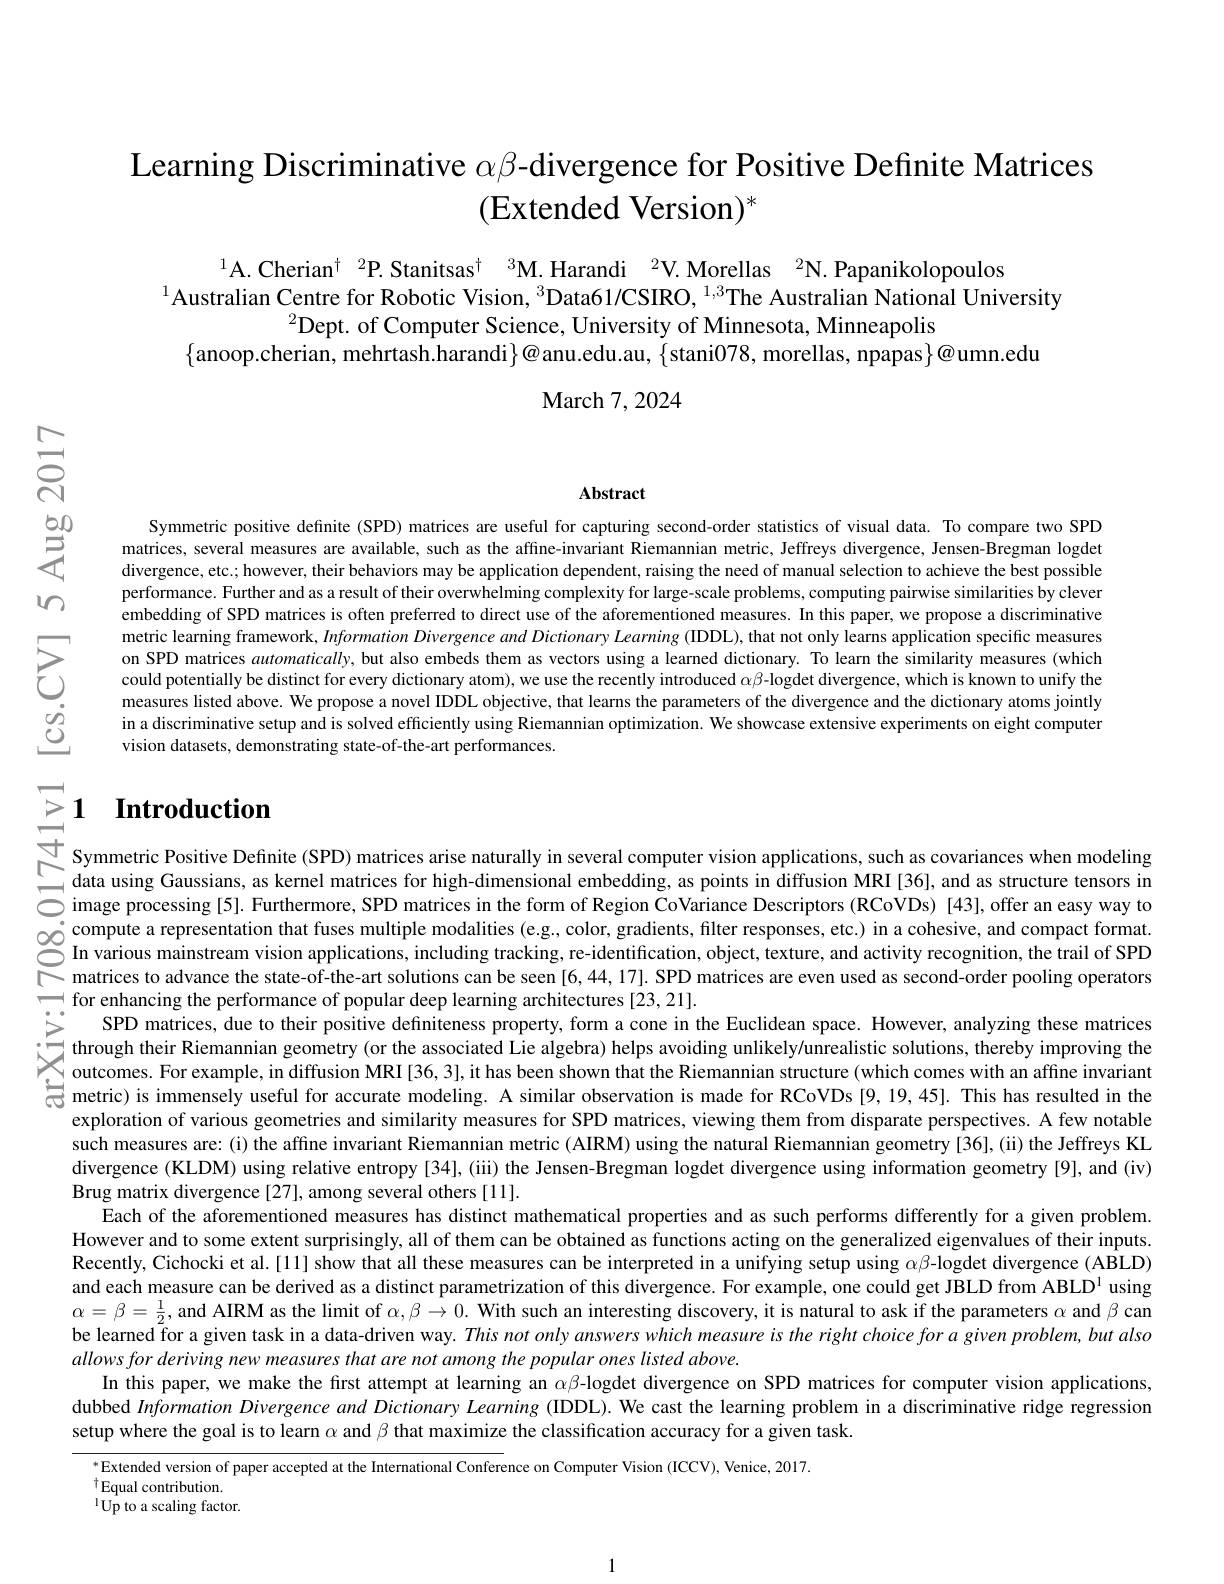
# Learning Discriminative $\alpha\beta$-divergence for Positive Defınite Matrices (Extended Version$)^*$

$^{1}$A. Cherian$^\dagger$ $^2\text{P.Stanitsas}^\dagger$ $^3$M. Harandi$^2$V. Morellas$^2$N.Papanikolopoulos
$^{1}$Australian Centre for Robotic Vision, $^{3}$Data61/CSIRO, $^{1,3}$The Australian National University
$^2$Dept. of Computer Science, University of Minnesota, Minneapolis
$\{$anoop.cherian, mehrtash.harandi$\}@$anu.edu.au, $\{$stani078,morellas, npapas$\}@$umn.edu
$\mathbf{March~7,2024}$

$ਨਨੇ$

Abstract

$等$

$w$

Symmetric positive definite (SPD) matrices are useful for capturing second-order statistics of visual data. To compare two SPD matrices, several measures are available, such as the affine-invariant Riemannian metric, Jeffreys divergence, Jensen-Bregman logdet divergence, etc.; however, their behaviors may be application dependent, raising the need of manual selection to achieve the best possible performance. Further and as a result of their overwhelming complexity for large-scale problems, computing pairwise similarities by clever embedding of SPD matrices is often preferred to direct use of the aforementioned measures. In this paper, we propose a discriminative metric learning framework, Information Divergence and Dictionary Learning (IDDL), that not only learns application specific measures on SPD matrices automatically, but also embeds them as vectors using a learned dictionary. To learn the similarity measures (which could potentially be distinct for every dictionary atom), we use the recently introduced $\alpha\beta$-logdet divergence, which is known to unify the measures listed above. We propose a novel IDDL objective, that learns the parameters of the divergence and the dictionary atoms jointly in a discriminative setup and is solved efficiently using Riemannian optimization. We showcase extensive experiments on eight computer vision datasets, demonstrating state-of-the-art performances.

$উ్তై$

# $\geq 1$ $\textbf{Introduction}$ 于 Symmeric Positive Defnite( SPD) matrices arise naturally in several computer vision applications, such as covariances. when modeling datau using Gausians, as kerele matices for high- dimesinoal enbedding. as pintis idffision MRI,

compute a representation that fuses multiple modalities ( e. g, color, gradients, filter responses, etc. ) in a cohesive, and compact format. CIn various mainstrean vision applications, including tracking, re- identification, object, texture, and activit re for enhancing the performance of popular deep learning architectures [23,21].SPD matrices,due to heir positve defnineness,prorery,torm a conee in the Euclidean space. However, analyzing these matrices through their Riemanian geometry (orthe associate
exploration of various geometries and similarity measures for SPD matrices, viewing them from disparate perspectives. A few notable such measures are: (i) the affine invariant Riemannian metric (AIRM) using the natural Riemannian geometry[36],(ii) the Jeffreys KL divergence (KLDM) using relative entropy [34], (iii) the Jensen-Bregman logdet divergence using information geometry [9], and (iv) Brug matrix divergence [27], among several others [11].
Each of the aforementioned measures has distinct mathematical properties and as such performs differently for a given problem. However and to some extent surprisingly, all of them can be obtained as functions acting on the generalized eigenvalues of their inputs Recently, Cichocki et al.[11] show that all these measures can be interpreted in a unifying setup using $\alpha\beta$-logdet divergence (ABLD) and each measure can be derived as a distinct parametrization of this divergence. For example, one could get JBLD from ABLD$^{1}$ using $\alpha=\beta=\frac12$, and AIRM as the limit of $\alpha,\beta\to0.$ With such an interesting discovery, it is natural to ask if the parameters $\alpha$ and $\beta$ can be learned for a given task in a data-driven way. This not only answers which measure is the right choice for a given problem, but also allowsforderiving new measures that are not among the popular ones listed above.
In this paper, we make the first attempt at learning an $\alpha\beta$-logdet divergence on SPD matrices for computer vision applications, dubbed Information Divergence and Dictionary Learning (IDDL). We cast the learning problem in a discriminative ridge regression setup where the goal is to learn $\alpha$ and $\beta$ that maximize the classification accuracy for a given task.
$^{*}$Extended version of paper accepted at the International Conference on Computer Vision (ICCV), Venice, 2017.

$^{\dagger}$Equal contribution.

$^{1}{\mathrm{Up~to~a~scaling~factor.}}$